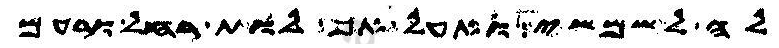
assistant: לה לשמשי ואעל אף לות רחל ורעם